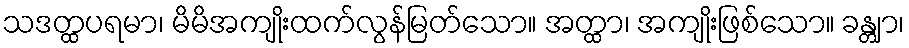
သဒတ္ထပရမာ၊ မိမိအကျိုးထက်လွန်မြတ်သော။ အတ္ထာ၊ အကျိုးဖြစ်သော။ ခန္တျာ၊